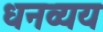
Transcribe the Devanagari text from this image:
धनव्यय